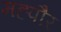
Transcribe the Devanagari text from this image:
मह्पौर